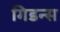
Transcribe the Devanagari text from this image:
गिडन्स